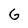
Character: G